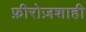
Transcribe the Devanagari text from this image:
फ़ीरोज़शाही